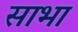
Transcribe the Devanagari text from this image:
साभा